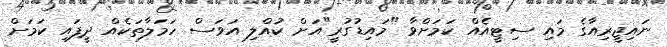
ނައިޖީރިއާގެ މައި ސިޓީއެއް ކަމަށްވާ "މައިޑުގުރީ"އަށް ކުއްލި އަވަސް ހަމަލާތަކެއް ދީފައި ކަމަށް